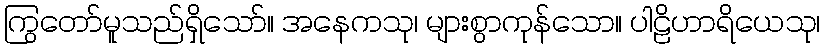
ကြွတော်မူသည်ရှိသော်။ အနေကသု၊ များစွာကုန်သော။ ပါဠိဟာရိယေသု၊